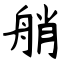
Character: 艄